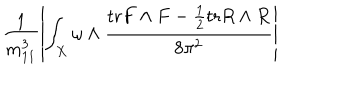
\frac { 1 } { m _ { 1 1 } ^ { 3 } } \left\vert \int _ { X } \omega \wedge \frac { \mathrm { t r } F \wedge F - \frac { 1 } { 2 } \mathrm { t r } R \wedge R } { 8 \pi ^ { 2 } } \right\vert